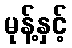
မုန့်နှင့်